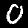
Digit: 0